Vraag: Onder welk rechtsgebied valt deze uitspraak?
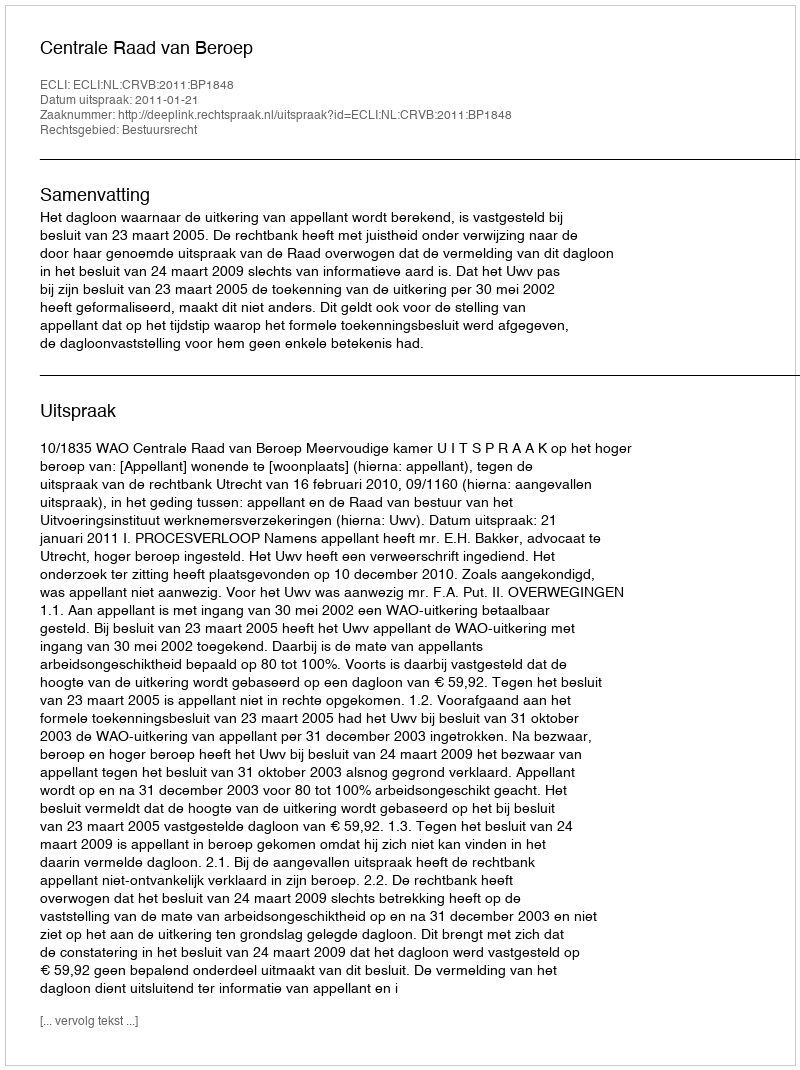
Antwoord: Bestuursrecht